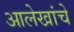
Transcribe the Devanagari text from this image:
आलेखांचे